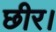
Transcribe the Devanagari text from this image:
छीर।